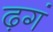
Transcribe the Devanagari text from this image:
ढ़गं